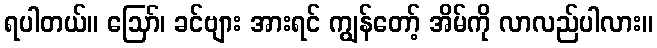
ရပါတယ်။ ဪ၊ ခင်ဗျား အားရင် ကျွန်တော့် အိမ်ကို လာလည်ပါလား။